Vaccine operations Central Provinces 1900-1911 - 1900-1911
Year: 1900
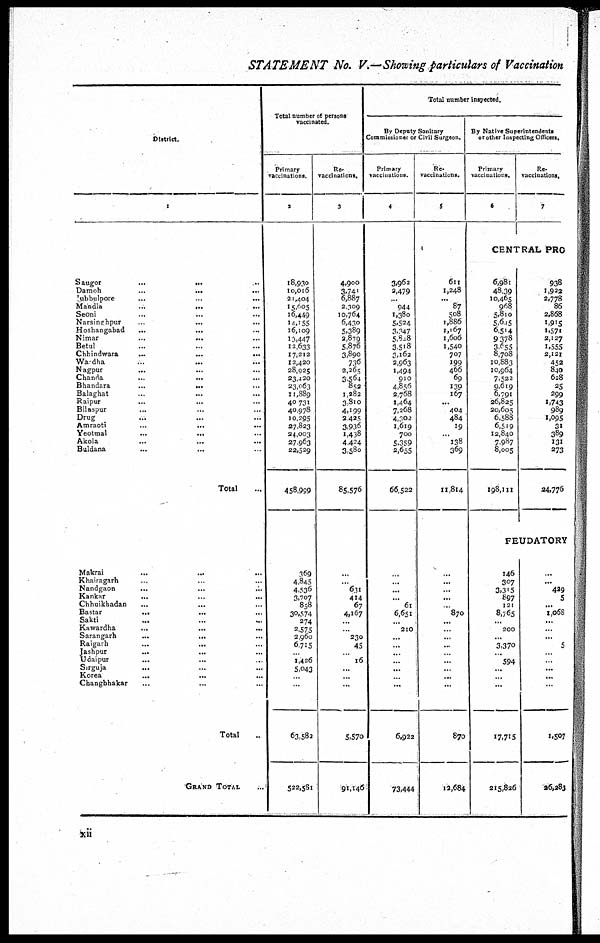
STATEMENT No. V.—Showing particulars of Vaccination
District.
1
Saugor ... ... ...
Damoh
...
... ...
Jubbulpore ... ... ...
Mandla
...
...
...
Seoni ... ... ...
Narsinghpur ... ... ...
Hoshangabad
...
... ...
Nimar
...
...
...
Betul ... ... ...
Chhindwara
...
...
...
Wardha ... ... ...
Nagpur
... ... ...
Chanda
...
... ...
Bhandara
...
... ...
Balaghat ... ... ...
Raipur ... ... ...
Bilaspur ... ... ...
Drug ... ... ...
Amraoti
...
...
...
Yeotmal
...
... ...
Akola
...
...
...
Buldana ... ... ...
Total ...
Makrai ... ... ...
Khairagarh ... ... ...
Nandgaon ... ... ...
Kankar
...
...
...
Chhuikhadan
...
... ...
Bastar
... ... ...
Sakti ... ... ...
Kawardha
...
...
...
Sarangarh
...
... ...
Raigarh
...
... ...
Jashpur ... ... ...
Udaipur
... ... ...
Sirguja
... ... ...
Korea
... ... ...
Changbhakar ... ... ...
Total ...
GRAND TOTAL ...
Total number of persons
vaccinated.
Primary
vaccinations.
2
18,930
10,016
21,404
15,605
16,449
14,155
16,109
13,447
12,633
17,212
12,420
28,925
23,420
23,063
11,889
40,731
40,978
10,295
27,823
24,003
27,963
22,529
458,999
369
4,845
4.536
3,707
858
30,574
274
2,575
2,960
6,715
...
1,426
5,043
...
...
63,582
522,581
Re¬
vaccinations.
3
4,900
3,741
6,887
2,309
10,764
6,430
5,389
2,879
5,876
3,890
736
2,265
3,564
852
1,282
3,810
4,199
2,425
3,936
1,438
4,424
3,580
85,576
...
...
631
414
67
4,167
...
...
230
45
...
16
...
...
...
5,570
91,146
Total number inspected.
By Deputy Sanitary
Commissioner or Civil Surgeon.
Primary
vaccinations.
4
3,962
2,479
...
944
1,380
5,524
3,347
5,818
3,518
3,162
2,963
1,494
910
4,856
2,768
1,464
7,268
4,302
1,619
700
5,359
2,655
66,522
...
...
...
...
61
6,651
...
210
...
...
...
...
...
...
...
6,922
73,444
Re¬
vaccinations.
5
611
1,248
...
87
508
1,886
1,167
1,606
1,540
707
199
466
69
139
167
...
404
484
19
...
138
369
11,814
...
...
...
...
...
870
...
...
...
..
...
...
...
...
...
870
12,684
By Native Superintendents
or other Inspecting Officers.
Primary
vaccinations.
6
Re¬
vaccinations.
7
CENTRAL PRO
6,981
48,39
10,465
968
5,810
5,645
6,514
9,378
3,655
8,708
10,883
10,964
7,522
9,619
6,791
26,825
20,605
6,588
6,519
12,840
7,987
8,005
198,111
938
1,922
2,778
86
2,868
1,915
1,571
2,127
1,555
2,121
452
840
628
25
299
1,743
989
1,095
31
389
131
273
24,776
FEUDATORY
146
307
3,315
897
121
8,765
...
200
...
3,370
...
594
...
...
...
17,715
215,826
...
...
429
5
...
1,068
...
...
...
5
...
...
...
...
...
1,507
26,283
xii